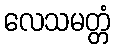
လေသမတ္တံ